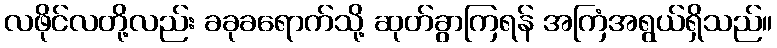
လဖိုင်လတို့လည်း ခခုခရောက်သို့ ဆုတ်ခွာကြရန် အကြံအရွယ်ရှိသည်။